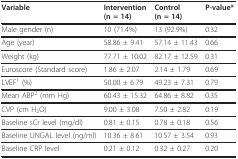
| Variable | Intervention(n = 14) | Control(n = 14) | P-value* |
 | --- | --- | --- | --- |
 | Male gender (n) | 10 (71.4%) | 13 (92.9%) | 0.32 |
 | Age (year) | 58.86 ± 9.41 | 57.14 ± 11.43 | 0.66 |
 | Weight (kg) | 77.71 ± 10.02 | 82.17 ± 12.59 | 0.31 |
 | Euroscore (Standard score) | 1.86 ± 2.07 | 2.14 ± 1.79 | 0.69 |
 | LVEF1 (%) | 50.00 ± 6.79 | 49.23 ± 7.31 | 0.79 |
 | Mean ABP2 (mm Hg) | 60.43 ± 15.32 | 64.86 ± 8.82 | 0.35 |
 | CVP (cm H2O) | 9.00 ± 3.08 | 7.50 ± 2.82 | 0.19 |
 | Baseline sCr level (mg/dl) | 0.81 ± 0.15 | 0.78 ± 0.18 | 0.56 |
 | Baseline UNGAL level (ng/ml) | 10.36 ± 8.61 | 10.57 ± 3.54 | 0.93 |
 | Baseline CRP level | 0.21 ± 0.12 | 0.32 ± 0.27 | 0.20 |